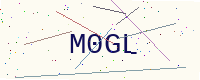
Text: M0GL